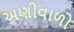
અણીવાળો